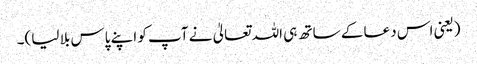
(یعنی اس دعا کے ساتھ ہی اللہ تعالیٰ نے آپ کو اپنے پاس بلا لیا)۔